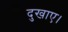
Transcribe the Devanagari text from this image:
दुखाए।